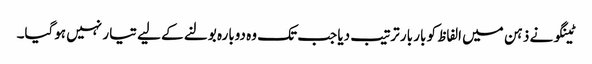
ٹینگو نے ذہن میں الفاظ کو بار بار ترتیب دیا جب تک وہ دوبارہ بولنے کے لیے تیا ر نہیں ہوگیا۔